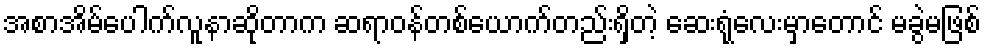
အစာအိမ်ပေါက်လူနာဆိုတာက ဆရာဝန်တစ်ယောက်တည်းရှိတဲ့ ဆေးရုံလေးမှာတောင် မခွဲမဖြစ်